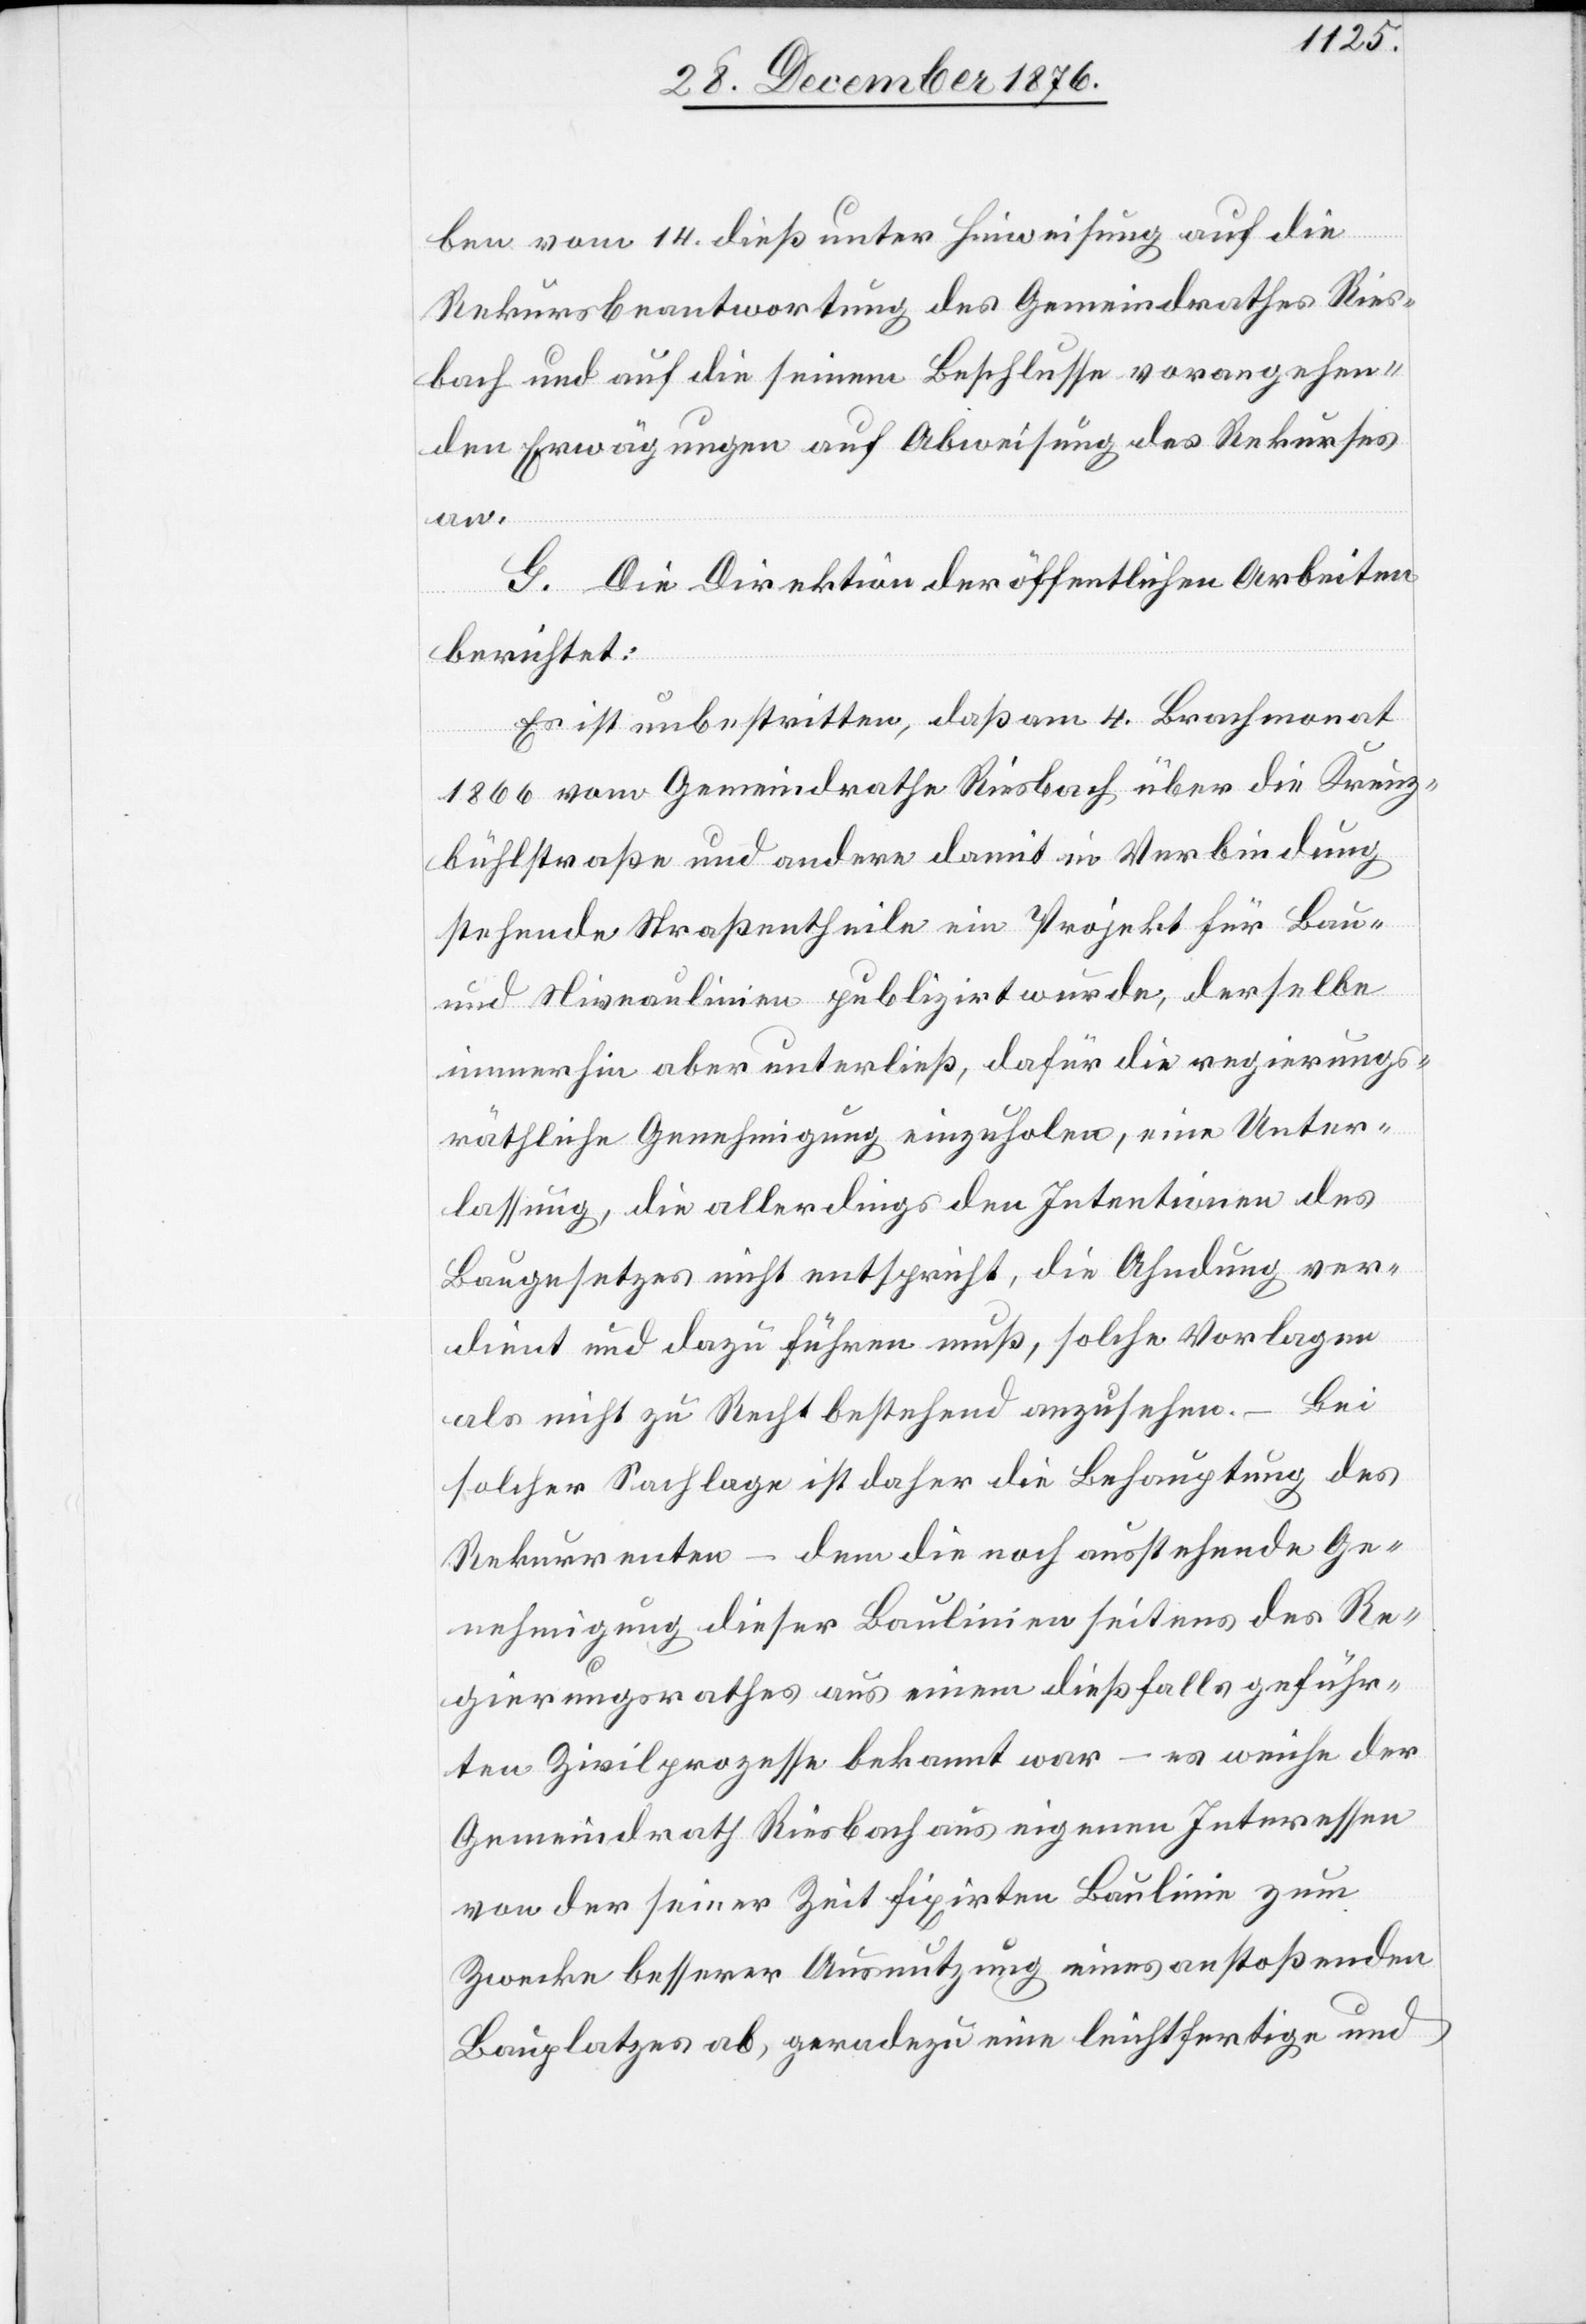
ben vom 14. dieß unter Hinweisung auf die
Rekursbeantwortung des Gemeindrathes Ries¬
bach und auf die seinem, Beschlusse vorangehen¬
den Erwägungen auf Abweisung des Rekurses
an.
G. Die Direktion der öffentlichen Arbeiten
berichtet:
Es ist unbestritten, daß am 4. Brachmonat
1866 vom Gemeindrathe Riesbach über die Kreuz¬
bühlstraße und andere damit in Verbindung
stehende Straßentheile ein Projekt für Bau-
und Niveaulinien publizirt wurde, derselbe
immerhin aber unterließ, dafür die regierungs¬
räthliche Genehmigung einzuholen, eine Unter¬
lassung, die allerdings den Intentionen des
Baugesetzes nicht entspricht, die Ahndung ver¬
dient und dazu führen muß, solche Vorlagen
als nicht zu Recht bestehend anzusehen. – Bei
solcher Sachlage ist daher die Behauptung des
Rekurrenten – dem die noch ausstehende Ge¬
nehmigung dieser Baulinien seitens des Re¬
gierungsrathes aus einem dießfalls geführ¬
ten Zivilprozesse bekannt war – es weiche der
Gemeindrath Riesbach aus eigenen Interessen
von der seiner Zeit fixirten Baulinie zum
Zwecke besserer Ausnutzung eines anstoßenden
Bauplatzes ab, geradezu eine leichtfertige und